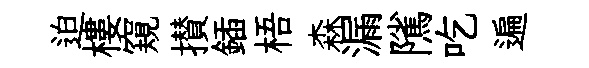
迫樓窺攅鍤梧森漏隲吃遍